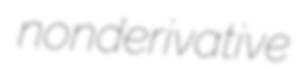
nonderivative